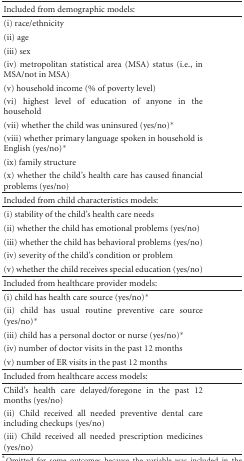
<table><thead><tr><td><b>Included from demographic models:</b></td></tr></thead><tbody><tr><td>(i) race/ethnicity</td></tr><tr><td>(ii) age</td></tr><tr><td>(iii) sex</td></tr><tr><td>(iv) metropolitan statistical area (MSA) status (i.e., in MSA/not in MSA)</td></tr><tr><td>(v) household income (% of poverty level)</td></tr><tr><td>(vi) highest level of education of anyone in the household</td></tr><tr><td>(vii) whether the child was uninsured (yes/no)*</td></tr><tr><td>(viii) whether primary language spoken in household is English (yes/no)*</td></tr><tr><td>(ix) family structure</td></tr><tr><td>(x) whether the child&#x27;s health care has caused financial problems (yes/no) </td></tr><tr><td>Included from child characteristics models: </td></tr><tr><td>(i) stability of the child&#x27;s health care needs</td></tr><tr><td>(ii) whether the child has emotional problems (yes/no)</td></tr><tr><td>(iii) whether the child has behavioral problems (yes/no)</td></tr><tr><td>(iv) severity of the child&#x27;s condition or problem</td></tr><tr><td>(v) whether the child receives special education (yes/no) </td></tr><tr><td>Included from healthcare provider models: </td></tr><tr><td>(i) child has health care source (yes/no)*</td></tr><tr><td>(ii) child has usual routine preventive care source (yes/no)*</td></tr><tr><td>(iii) child has a personal doctor or nurse (yes/no)*</td></tr><tr><td>(iv) number of doctor visits in the past 12 months</td></tr><tr><td>(v) number of ER visits in the past 12 months</td></tr><tr><td>Included from healthcare access models: </td></tr><tr><td>Child&#x27;s health care delayed/foregone in the past 12 months (yes/no)</td></tr><tr><td>(ii) Child received all needed preventive dental care including checkups (yes/no)</td></tr><tr><td>(iii) Child received all needed prescription medicines (yes/no)</td></tr></tbody></table>